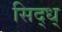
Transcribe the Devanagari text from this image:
सिद्ध्